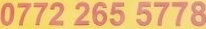
0772 265 5778